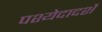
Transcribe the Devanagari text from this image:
पश्येदादर्शे